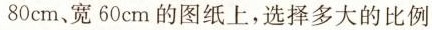
80cm、宽60cm的图纸上，选择多大的比例